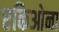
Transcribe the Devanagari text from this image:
एकिओना